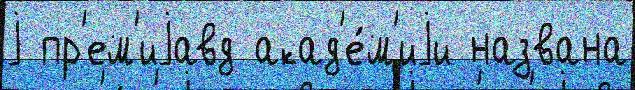
j пр'ем'иjавд акад'е́м'иjи названа